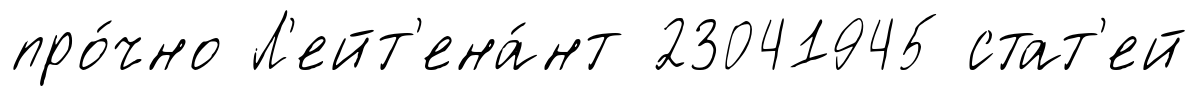
про́чно Л'ейт'ена́нт 23041945 стат'ей